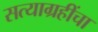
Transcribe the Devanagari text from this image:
सत्याग्रहींचा